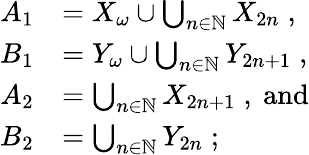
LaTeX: \begin{array}{rl}{A_{1}}&{=X_{\omega}\cup\bigcup_{n\in\mathbb N}X_{2n}\; ,}\\ {B_{1}}&{=Y_{\omega}\cup\bigcup_{n\in\mathbb N}Y_{2n+1}\; ,}\\ {A_{2}}&{=\bigcup_{n\in\mathbb N}X_{2n+1}\; ,\mathrm{~and}}\\ {B_{2}}&{=\bigcup_{n\in\mathbb N}Y_{2n}\; ;}\end{array}